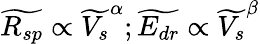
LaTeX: \widetilde{R_{sp}}\propto\widetilde{V_{s}}^{\alpha};\widetilde{E_{dr}}\propto\widetilde{V_{s}}^{\beta}